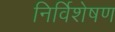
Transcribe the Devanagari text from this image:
निर्विशेषण